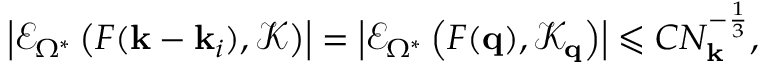
\left| \mathcal { E } _ { \Omega ^ { * } } \left( F ( \mathbf { k } - \mathbf { k } _ { i } ) , \mathcal { K } \right) \right| = \left| \mathcal { E } _ { \Omega ^ { * } } \left( F ( \mathbf { q } ) , \mathcal { K } _ { \mathbf { q } } \right) \right| \leqslant C N _ { \mathbf { k } } ^ { - \frac 1 3 } ,